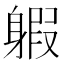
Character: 𨉣